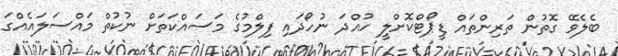
ބެލެވޭ ގޮތުން ތަރިންތައް ޑީޕޯޓްކޮށްލީ ހުއްދަ ނުހޯދައި ފިލްމުގެ މަސައްކަތަށް ނުކުތް މައްސަލައެއްގަ